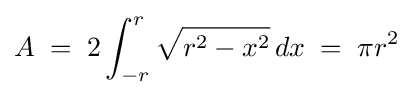
A\;=\;2\int _{-r}^{r}{\sqrt {r^{2}-x^{2}}}\,dx\;=\;\pi r^{2}